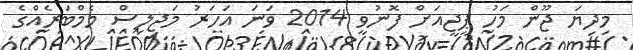
މިދިޔަ ޖޫން މަހު ޕީޖީއަށް ފޮނުވީ 2014 ވަނަ އަހަރު މަޖިލިސް މެމްބަރެއްގެ